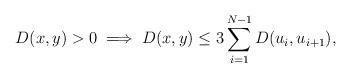
LaTeX: \begin{align*}D(x,y)>0 \implies D(x,y)\leq 3 \sum_{i=1}^{N-1} D(u_i,u_{i+1}),\end{align*}